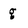
Character: g